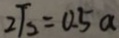
2 \sqrt { 2 } = 0 . 5 a